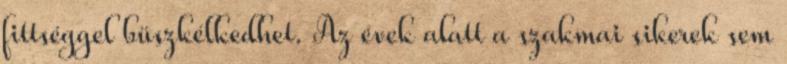
fittséggel büszkélkedhet. Az évek alatt a szakmai sikerek sem